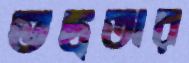
ভদ্রতার